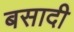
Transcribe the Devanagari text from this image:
बसादी